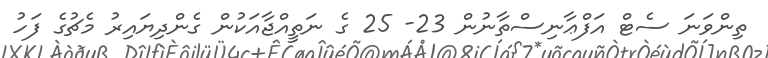
ތިންވަނަ ސެޓް އަފްޢާނިސްތާނުން 23- 25 ގެ ނަތީއްޖާއަކުން ގެންދިޔައިރު މެޗުގެ ފަހު